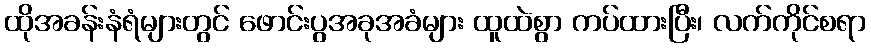
ထိုအခန်းနံရံများတွင် ဖောင်းပွအခုအခံများ ထူထဲစွာ ကပ်ထားပြီး၊ လက်ကိုင်စရာ